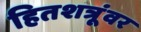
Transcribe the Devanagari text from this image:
हितशत्रूंवर